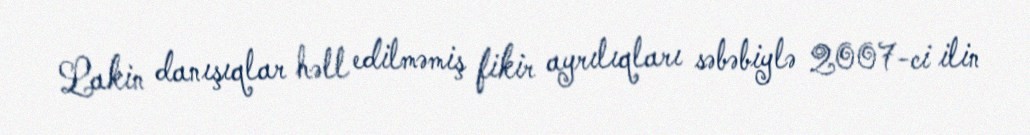
Lakin danışıqlar həll edilməmiş fikir ayrılıqları səbəbiylə 2007-ci ilin